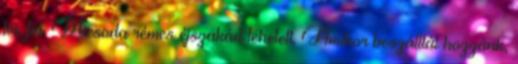
fiú, fiú. Micsoda rémes éjszakád lehetett. Amikor beszálltál hozzánk,